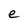
Character: a